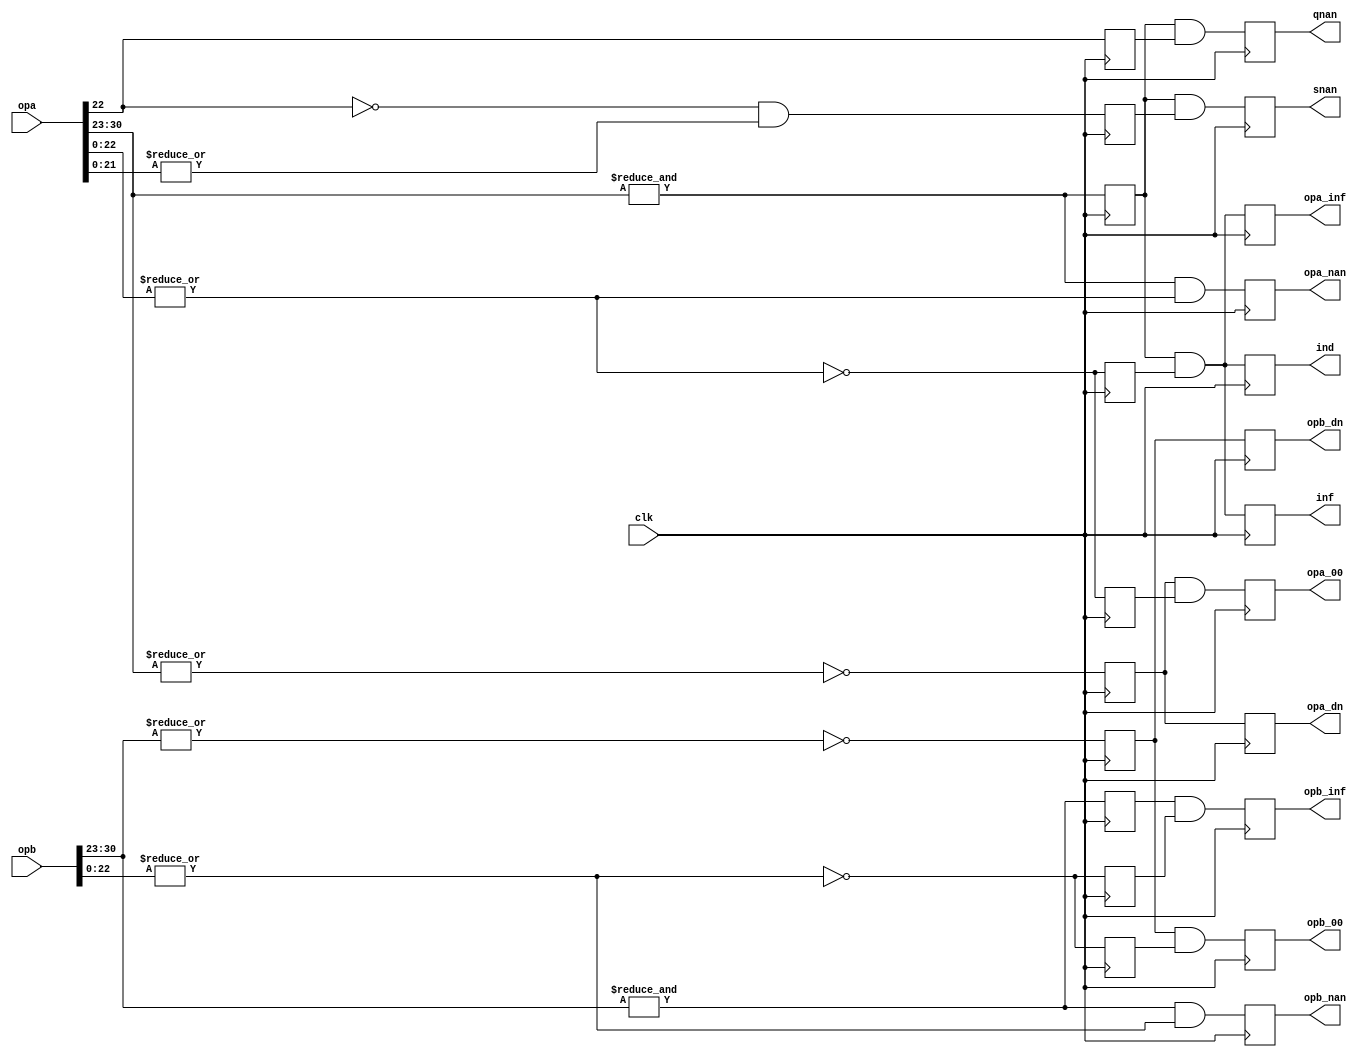
module or1200_fpu_intfloat_conv_except
  (	
	clk, opa, opb, inf, ind, qnan, snan, opa_nan, opb_nan,
	opa_00, opb_00, opa_inf, opb_inf, opa_dn, opb_dn
	);
   input		clk;
   input [31:0] 	opa, opb;
   output		inf, ind, qnan, snan, opa_nan, opb_nan;
   output		opa_00, opb_00;
   output		opa_inf, opb_inf;
   output		opa_dn;
   output		opb_dn;

   ////////////////////////////////////////////////////////////////////////
   //
   // Local Wires and registers
   //

   wire [7:0] 		expa, expb;		// alias to opX exponent
   wire [22:0] 		fracta, fractb;		// alias to opX fraction
   reg 			expa_ff, infa_f_r, qnan_r_a, snan_r_a;
   reg 			expb_ff, infb_f_r, qnan_r_b, snan_r_b;
   reg 			inf, ind, qnan, snan;	// Output registers
   reg 			opa_nan, opb_nan;
   reg 			expa_00, expb_00, fracta_00, fractb_00;
   reg 			opa_00, opb_00;
   reg 			opa_inf, opb_inf;
   reg 			opa_dn, opb_dn;

   ////////////////////////////////////////////////////////////////////////
   //
   // Aliases
   //

   assign   expa = opa[30:23];
   assign   expb = opb[30:23];
   assign fracta = opa[22:0];
   assign fractb = opb[22:0];

   ////////////////////////////////////////////////////////////////////////
   //
   // Determine if any of the input operators is a INF or NAN or any other 
   // special number
   //

   always @(posedge clk)
     expa_ff <=  &expa;

   always @(posedge clk)
     expb_ff <=  &expb;
   
   always @(posedge clk)
     infa_f_r <=  !(|fracta);

   always @(posedge clk)
     infb_f_r <=  !(|fractb);

   always @(posedge clk)
     qnan_r_a <=   fracta[22];

   always @(posedge clk)
     snan_r_a <=  !fracta[22] & |fracta[21:0];
   
   always @(posedge clk)
     qnan_r_b <=   fractb[22];

   always @(posedge clk)
     snan_r_b <=  !fractb[22]; // & |fractb[21:0];

   always @(posedge clk)
     ind  <=  (expa_ff & infa_f_r); // & (expb_ff & infb_f_r);

   always @(posedge clk)
     inf  <=  (expa_ff & infa_f_r); // | (expb_ff & infb_f_r);

   always @(posedge clk)
     qnan <=  (expa_ff & qnan_r_a); // | (expb_ff & qnan_r_b);

   always @(posedge clk)
     snan <=  (expa_ff & snan_r_a); // | (expb_ff & snan_r_b);

   always @(posedge clk)
     opa_nan <=  &expa & (|fracta[22:0]);

   always @(posedge clk)
     opb_nan <=  &expb & (|fractb[22:0]);

   always @(posedge clk)
     opa_inf <=  (expa_ff & infa_f_r);

   always @(posedge clk)
     opb_inf <=  (expb_ff & infb_f_r);

   always @(posedge clk)
     expa_00 <=  !(|expa);

   always @(posedge clk)
     expb_00 <=  !(|expb);

   always @(posedge clk)
     fracta_00 <=  !(|fracta);

   always @(posedge clk)
     fractb_00 <=  !(|fractb);

   always @(posedge clk)
     opa_00 <=  expa_00 & fracta_00;

   always @(posedge clk)
     opb_00 <=  expb_00 & fractb_00;

   always @(posedge clk)
     opa_dn <=  expa_00;

   always @(posedge clk)
     opb_dn <=  expb_00;

endmodule